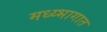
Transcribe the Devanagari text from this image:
मध्य्भागात